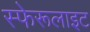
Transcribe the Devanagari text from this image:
स्फेरूलाइट